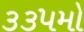
૩૩૫મો